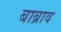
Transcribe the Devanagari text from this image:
बाब्राव